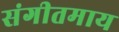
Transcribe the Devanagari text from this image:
संगीतमाय